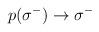
LaTeX: \begin{align*}\:p(\sigma^{-}) \rightarrow \sigma^{-}\:\end{align*}